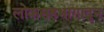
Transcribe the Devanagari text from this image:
लोकसहभागातुन